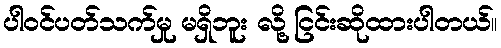
ပါဝင်ပတ်သက်မှု မရှိဘူး လို့ ငြင်းဆိုထားပါတယ်။